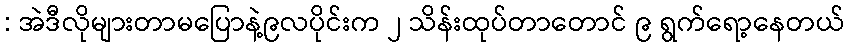
: အဲဒီလိုများတာမပြောနဲ့၉လပိုင်းက ၂ သိန်းထုပ်တာတောင် ၉ ရွက်ရော့နေတယ်